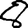
Digit: 8